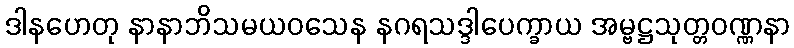
ဒါနဟေတု နာနာဘိသမယဝသေန နဂရသဒ္ဒါပေက္ခာယ အမ္ဗဋ္ဌသုတ္တဝဏ္ဏနာ